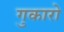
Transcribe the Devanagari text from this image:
गुकारो